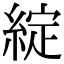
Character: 綻